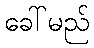
ခေါ်မည်